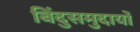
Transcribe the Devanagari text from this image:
बिंदुसमुदायों